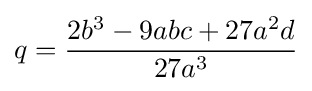
q={\frac {2b^{3}-9abc+27a^{2}d}{27a^{3}}}